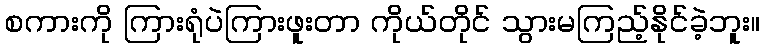
စကားကို ကြားရုံပဲကြားဖူးတာ ကိုယ်တိုင် သွားမကြည့်နိုင်ခဲ့ဘူး။